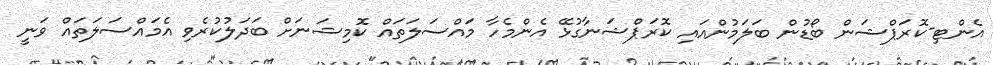
އެންޓި-ކޮރަޕްޝަން ބޯޑުން ބަލަމުންއައި ކޮރަޕްޝަނާގުޅޭ އެންމެހާ މައްސަލަތައް ކޮމިޝަނަށް ބަދަލުކުރެވި އެމައްސަލަތައް ވަނީ